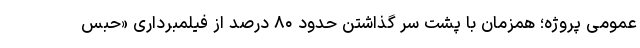
عمومی پروژه؛ همزمان با پشت سر گذاشتن حدود ۸۰ درصد از فیلمبرداری «حبس